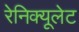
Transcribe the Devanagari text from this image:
रेनिक्यूलेट